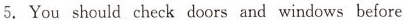
⒌. You should check doors and windows before